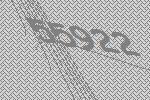
55922